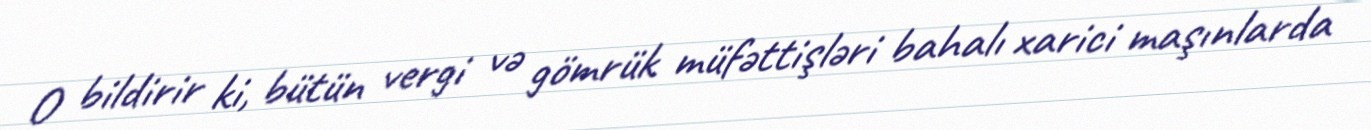
O bildirir ki, bütün vergi və gömrük müfəttişləri bahalı xarici maşınlarda